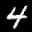
Label: 4